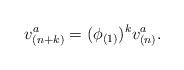
LaTeX: \begin{align*}v_{(n+k)}^{a}=(\phi _{(1)})^{k}v_{(n)}^{a}.\end{align*}